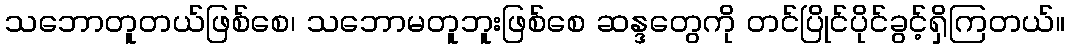
သဘောတူတယ်ဖြစ်စေ၊ သဘောမတူဘူးဖြစ်စေ ဆန္ဒတွေကို တင်ပြိုင်ပိုင်ခွင့်ရှိကြတယ်။